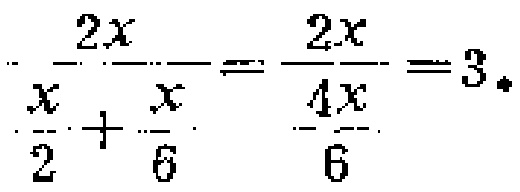
\(\frac{2x}{\frac{x}{2}+\frac{x}{6}}=\frac{2x}{\frac{4x}{6}} = 3\)